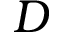
D